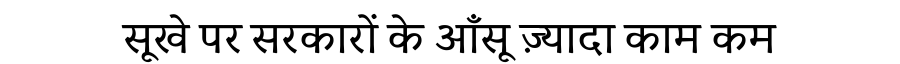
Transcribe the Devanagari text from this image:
सूखे पर सरकारों के आँसू ज़्यादा काम कम